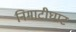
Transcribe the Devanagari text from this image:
निमाटीघाट